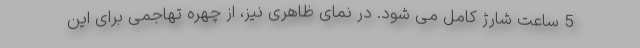
5 ساعت شارژ کامل می شود. در نمای ظاهری نیز، از چهره تهاجمی برای این